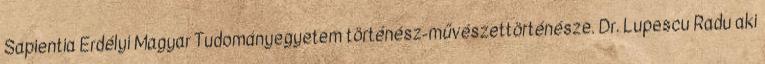
Sapientia Erdélyi Magyar Tudományegyetem történész-művészettörténésze. Dr. Lupescu Radu aki